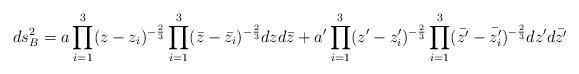
LaTeX: \begin{align*}ds^2_B=a \prod_{i=1}^{3}(z-z_i)^{-\frac {2}{3}}\prod_{i=1}^{3}(\bar{z}-\bar{z_i})^{-\frac {2}{3}}dz d\bar{z}+a' \prod_{i=1}^{3}(z'-z'_i)^{-\frac {2}{3}}\prod_{i=1}^{3}(\bar{z'}-\bar{z'_i})^{-\frac {2}{3}} dz' d\bar{z'}\end{align*}